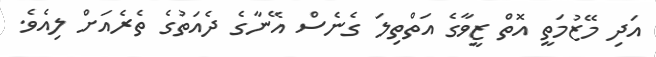
އަދި މޭޒުމަތީ އޮތް ޒީވާގެ އަތްތިލަ ގެނެސް އޭނާގެ ދެއަތުގެ ތެރެއަށް ލިއެވެ.